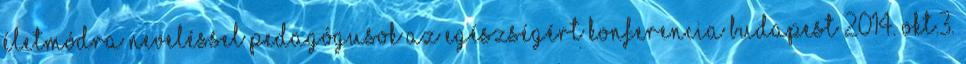
életmódra neveléssel Pedagógusok az egészségért Konferencia Budapest 2014. okt.3.